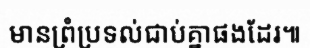
មានព្រំប្រទល់ជាប់គ្នាផងដែរ៕